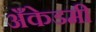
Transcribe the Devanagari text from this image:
अँकेडमी